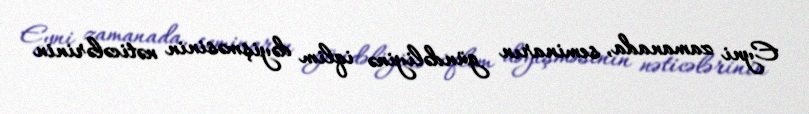
Eyni zamanada, seminarın gündəliyinə iqlim dəyişməsinin nəticələrinin